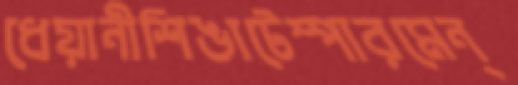
ধেয়ানীশিঙাটেম্পারমেন্